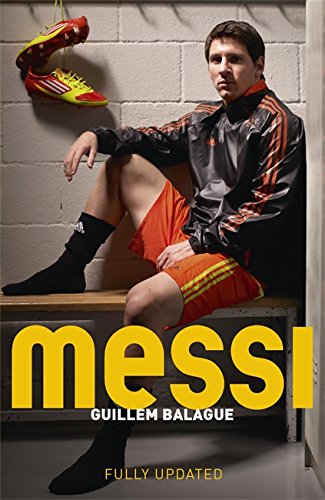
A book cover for Messi; Guillem Balague; Biographies & Memoirs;